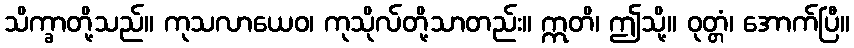
သိက္ခာတို့သည်။ ကုသလာယေဝ၊ ကုသိုလ်တို့သာတည်း။ ဣတိ၊ ဤသို့။ ဝုတ္တံ၊ အောက်ပြီ။